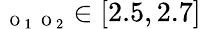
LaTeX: _{\mathrm{~\scriptsize~O~}_{1}\mathrm{~\scriptsize~O~}_{2}}\in[2.5,2.7]